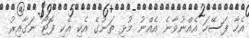
އެހާ ފަސޭހަ އެއްނުވާނެ އެއްނު މުޅި ތަނުގެ އެކި އެކި ފޮޓޯ ނަގާއިރު